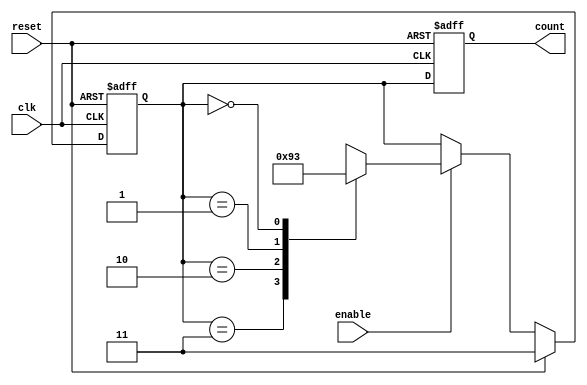
module down_counter_moore (
    input wire clk,        // Clock input
    input wire reset,      // Reset input
    input wire enable,     // Enable input
    output reg [1:0] count // 2-bit count output
);

    // State encoding using parameters
    parameter S3 = 2'b11; // State 3
    parameter S2 = 2'b10; // State 2
    parameter S1 = 2'b01; // State 1
    parameter S0 = 2'b00; // State 0

    // Current state register
    reg [1:0] current_state, next_state;

    // State transition logic
    always @(*) begin
        if (reset) begin
            next_state = S3; // Go to S3 on reset
        end else if (enable) begin
            case (current_state)
                S3: next_state = S2; // Transition from S3 to S2
                S2: next_state = S1; // Transition from S2 to S1
                S1: next_state = S0; // Transition from S1 to S0
                S0: next_state = S3; // Transition from S0 to S3 (wrapping)
                default: next_state = S3; // Default to S3
            endcase
        end else begin
            next_state = current_state; // Hold state if not enabled
        end
    end

    // State update on clock edge
    always @(posedge clk or posedge reset) begin
        if (reset) begin
            current_state <= S3; // Set state to S3 on reset
        end else begin
            current_state <= next_state; // Update state
        end
    end

    // Output logic (Moore machine)
    always @(posedge clk or posedge reset) begin
        if (reset) begin
            count <= S3; // Reset count to S3
        end else begin
            count <= current_state; // Output current state
        end
    end

endmodule